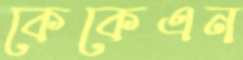
কেকেএন